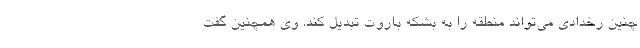
چنین رخدادی می‌تواند منطقه را به بشکه باروت تبدیل کند. وی همچنین گفت